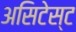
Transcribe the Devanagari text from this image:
असिटेस्ट